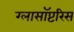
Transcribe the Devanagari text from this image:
ग्लासॉप्टरिस